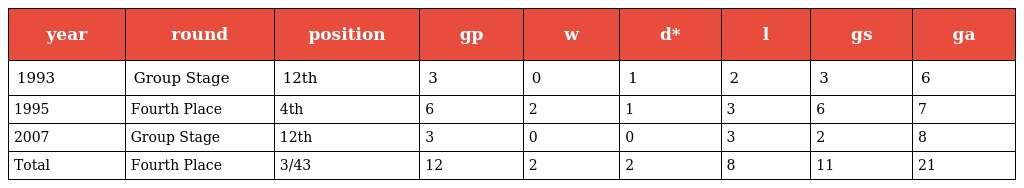
| year | round | position | gp | w | d* | l | gs | ga |
 | --- | --- | --- | --- | --- | --- | --- | --- | --- |
 | 1993 | Group Stage | 12th | 3 | 0 | 1 | 2 | 3 | 6 |
 | 1995 | Fourth Place | 4th | 6 | 2 | 1 | 3 | 6 | 7 |
 | 2007 | Group Stage | 12th | 3 | 0 | 0 | 3 | 2 | 8 |
 | Total | Fourth Place | 3/43 | 12 | 2 | 2 | 8 | 11 | 21 |